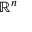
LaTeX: \mathbb { R } ^ { n }